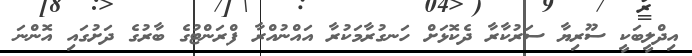
އިދްލީބަކީ ސޫރިޔާ ސަރުކާރާ ދެކޮޅަށް ހަނގުރާމަކުރާ އައްނުއްރާ ފްރަންޓުގެ ބާރުގެ ދަށުގައި އޮންނަ